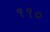
૧૧૦